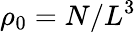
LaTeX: \rho_{0}=N/L^{3}